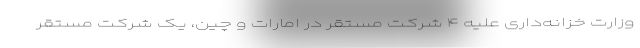
وزارت خزانه‌داری علیه ۴ شرکت مستقر در امارات و چین، یک شرکت مستقر